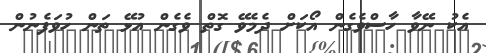
އެކު ނޭވާ ހާސްވެގެން އޯކަށް ދެމެވޭ ގޮތް ވެގެން އުޅޭ ތަން ހުވަފެނުން